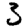
Digit: 3